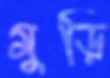
মুড়ি